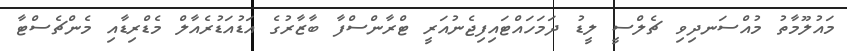
މައުލޫމާތު މުއްސަނދިވި ޗެލްސީ ލީޑު ދަމަހައްޓައިފިޖެނުއަރީ ޓްރާންސްފާ ބާޒާރުގެ އަޑުއަޑުރެއާލް މެޑްރިޑާއި މެންޗެސްޓާ